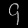
Digit: ၄